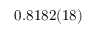
0 . 8 1 8 2 ( 1 8 )